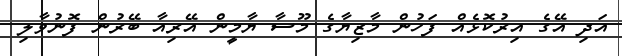
އަދި އޭގެ އިރުކޮޅެއް ފަހުން މާޒިޔާގެ މޫސާ ޔާމީން އޭރިއާ ބޭރުން ފޮނުވާލި